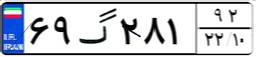
۶۹گ۲۸۱۹۲